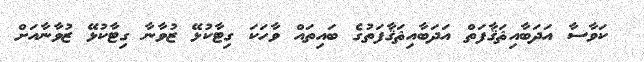
ކަވާސާ އަދަބާއިޘަޤާފަތް އަދަބާއިޘަޤާފަތުގެ ބައިތައް ވާހަކަ ގިޓާކުޅޭ ޒުވާނާ ގިޓާކުޅޭ ޒުވާނާއަށް